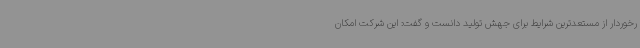
رخوردار از مستعدترین شرایط برای جهش تولید دانست و گفت: این شرکت امکان